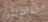
يعاملني